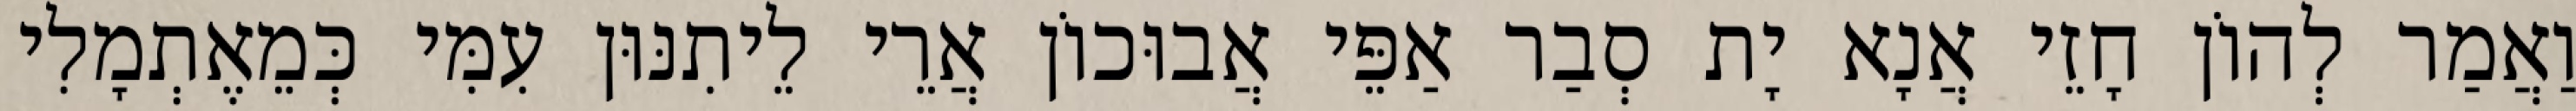
וַאֲמַר לְהוֹן חָזֵי אֲנָא יָת סְבַר אַפֵּי אֲבוּכוֹן אֲרֵי לֵיתִנּוּן עִמִּי כְּמֵאֶתְמָלִי